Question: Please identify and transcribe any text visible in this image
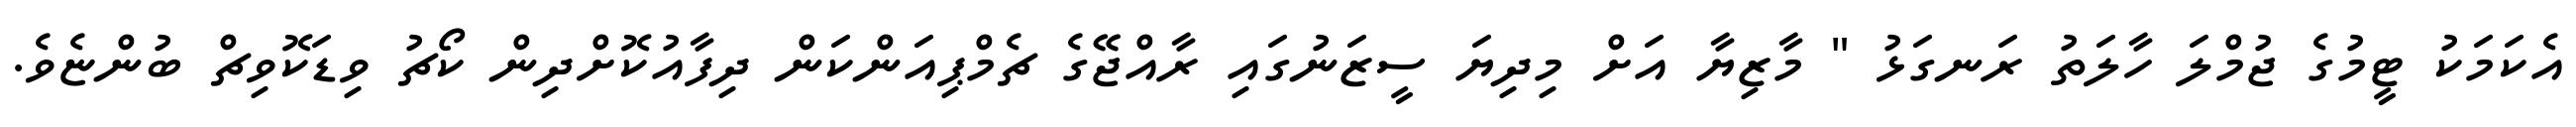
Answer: އެކަމަކު ޓީމުގެ ޖުމްލަ ހާލަތު ރަނގަޅު " މާޒިޔާ އަށް މިދިޔަ ސީޒަނުގައި ރާއްޖޭގެ ޗެމްޕިއަންކަން ދިފާއުކޮށްދިން ކޯޗު ވިޑަކޮވިޗް ބުންޏެވެ.